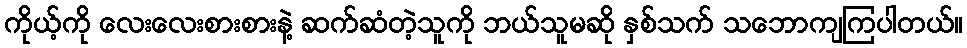
ကိုယ့်ကို လေးလေးစားစားနဲ့ ဆက်ဆံတဲ့သူကို ဘယ်သူမဆို နှစ်သက် သဘောကျကြပါတယ်။